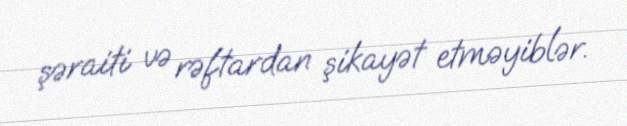
şəraiti və rəftardan şikayət etməyiblər.